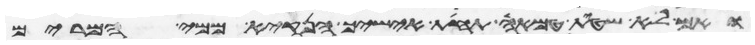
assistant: ואם לא שטית טמאה תחת אישיך הנקי ממי המרים